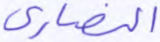
النصارى